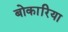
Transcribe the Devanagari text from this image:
बोकारिया